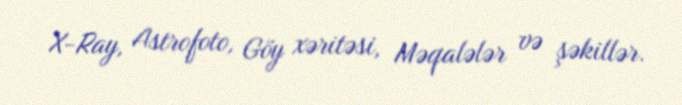
X-Ray, Astrofoto, Göy xəritəsi, Məqalələr və şəkillər.